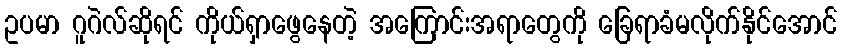
ဥပမာ ဂူဂဲလ်ဆိုရင် ကိုယ်ရှာဖွေနေတဲ့ အကြောင်းအရာတွေကို ခြေရာခံမလိုက်နိုင်အောင်